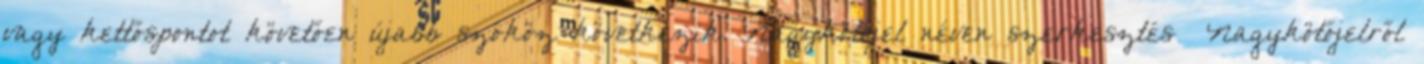
vagy kettőspontot követően újabb szóköz következik. Nagykötőjel néven szerkesztés Nagykötőjelről